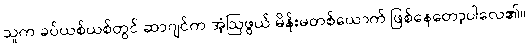
သူက ခပ်ယစ်ယစ်တွင် ဆာဂျင်က အံ့ဩဖွယ် မိန်းမတစ်ယောက် ဖြစ်နေတော့ပါလေ၏။